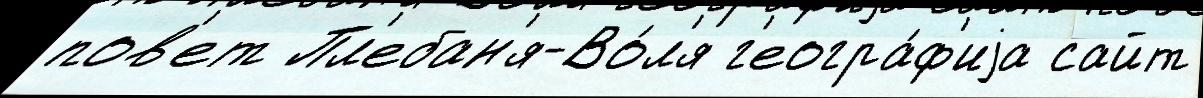
пов'ет Пл'ебан'я-Во́л'я г'еогра́ф'иjа сайт